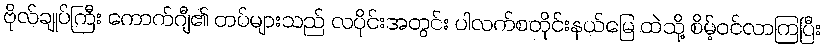
ဗိုလ်ချုပ်ကြီး ကောက်ဂျီ၏ တပ်များသည် လပိုင်းအတွင်း ပါလက်စတိုင်းနယ်မြေ ထဲသို့ စိမ့်ဝင်လာကြပြီး